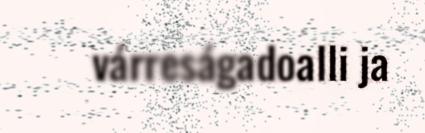
várreságadoalli ja